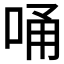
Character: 𠳀